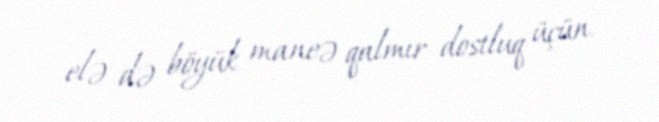
elə də böyük maneə qalmır dostluq üçün.